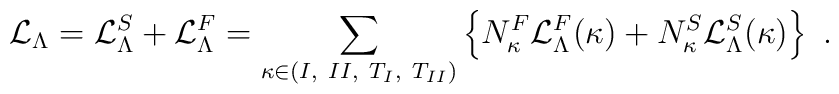
{\cal L}_\Lambda = {\cal L}_\Lambda^S + {\cal L}_\Lambda^F =	\sum_{\kappa \in  	{(I,~II,~T_I,~T_{II})}}  	\left\{  	N_\kappa^F {\cal L}_\Lambda^F(\kappa) + N_\kappa^S {\cal	L}_\Lambda^S (\kappa) 	\right\}~.